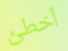
أخطئ